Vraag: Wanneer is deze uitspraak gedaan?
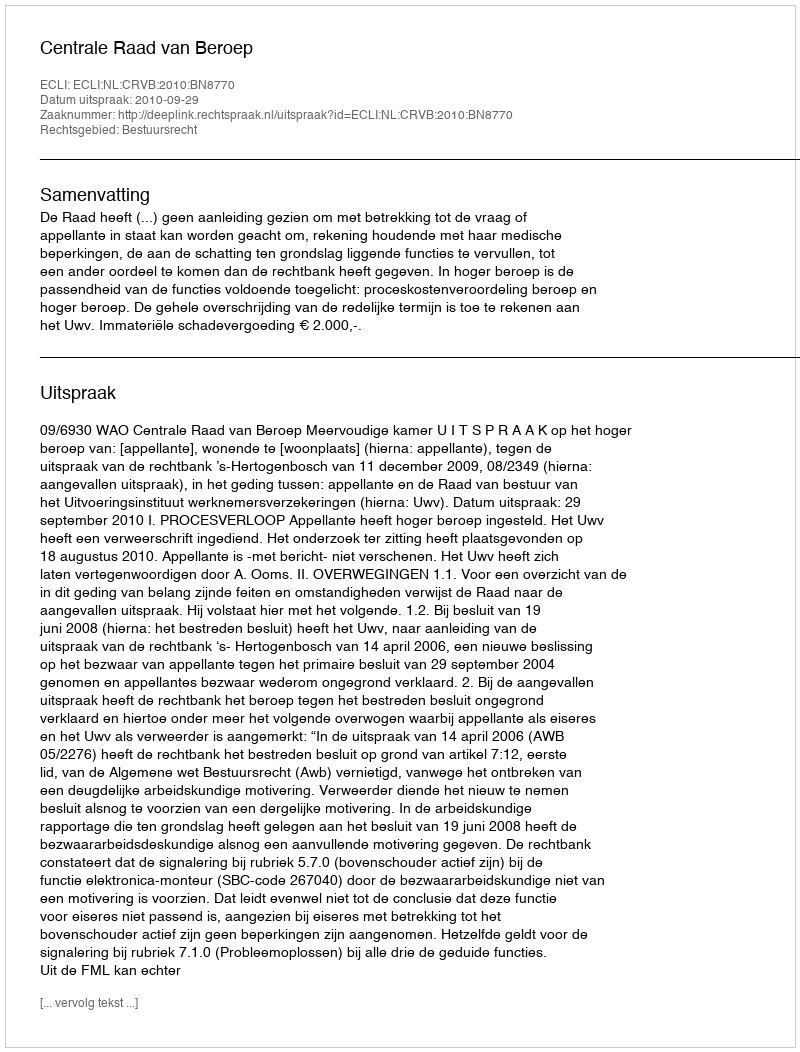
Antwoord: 2010-09-29